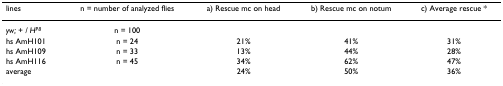
<table><thead><tr><td><b>lines</b></td><td><b>n = number of analyzed flies</b></td><td><b>a) Rescue mc on head</b></td><td><b>b) Rescue mc on notum</b></td><td><b>c) Average rescue *</b></td></tr></thead><tbody><tr><td><i>yw; + / H</i><sup><i>P8</i></sup></td><td>n = 100</td><td></td><td></td><td></td></tr><tr><td>hs AmH101</td><td>n = 24</td><td>21%</td><td>41%</td><td>31%</td></tr><tr><td>hs AmH109</td><td>n = 33</td><td>13%</td><td>44%</td><td>28%</td></tr><tr><td>hs AmH116</td><td>n = 45</td><td>34%</td><td>62%</td><td>47%</td></tr><tr><td>average</td><td></td><td>24%</td><td>50%</td><td>36%</td></tr></tbody></table>